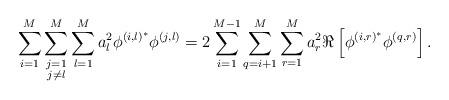
LaTeX: \begin{align*}\sum_{i=1}^M\sum\limits_{\substack{j=1\\j\neq l}}^M\sum_{l=1}^Ma_l^2\phi^{\left(i,l\right)^*}\phi^{\left(j,l\right)}=2\sum_{i=1}^{M-1}\sum_{q=i+1}^{M}\sum_{r=1}^M a_r^2\Re\left[\phi^{\left(i,r\right)^*}\phi^{\left(q,r\right)}\right].\end{align*}